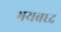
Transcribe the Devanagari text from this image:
भयबध्द